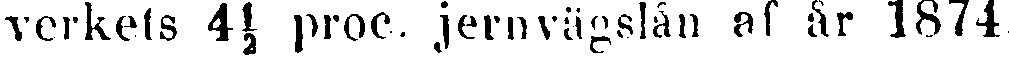
verkets 4½ proc. jernvägslån af år 1874.